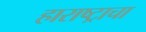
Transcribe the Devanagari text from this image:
हाराष्ट्राचा